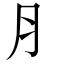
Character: ⺼